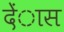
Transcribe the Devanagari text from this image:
देंास